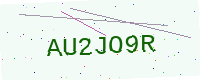
Text: AU2JO9R